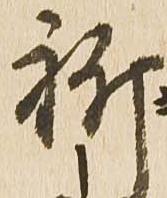
祈